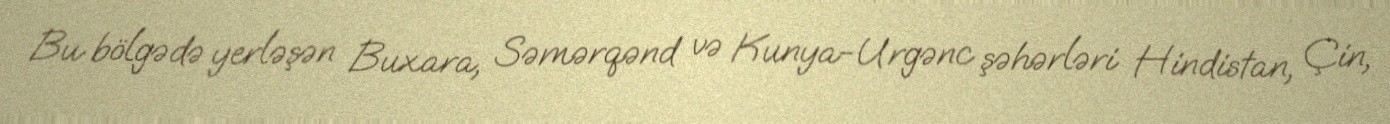
Bu bölgədə yerləşən Buxara, Səmərqənd və Kunya-Urgənc şəhərləri Hindistan, Çin,